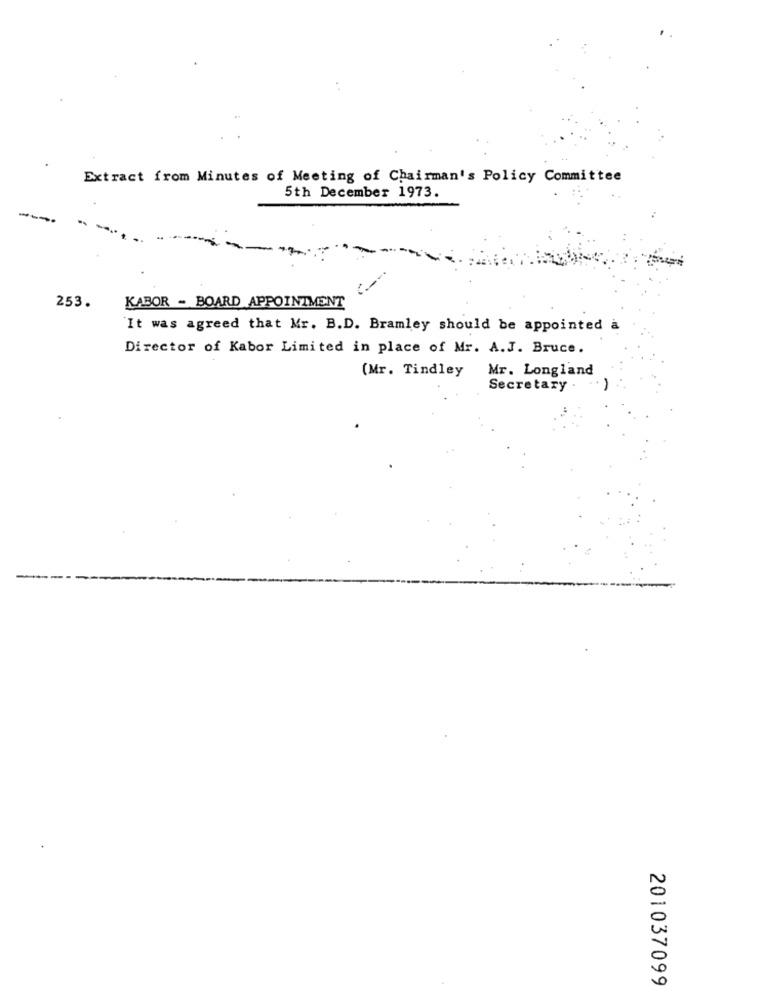
Extract from Minutes of Meeting of Chairman's Policy Committee
5th December 1973.
-
253.
KABOR - BOARD APPOINTMENT
It was agreed that Mr. B.D. Bramley should be appointed a
Director of Kabor Limited in place of Mr. A.J. Bruce.
(Mr. Tindley
Mr. Longland
Secretary .
201037099